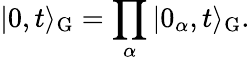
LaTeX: \vert 0,t\rangle_{\mathrm{G}}=\prod_{\alpha}\vert 0_{\alpha},t\rangle_{\mathrm{G}}.